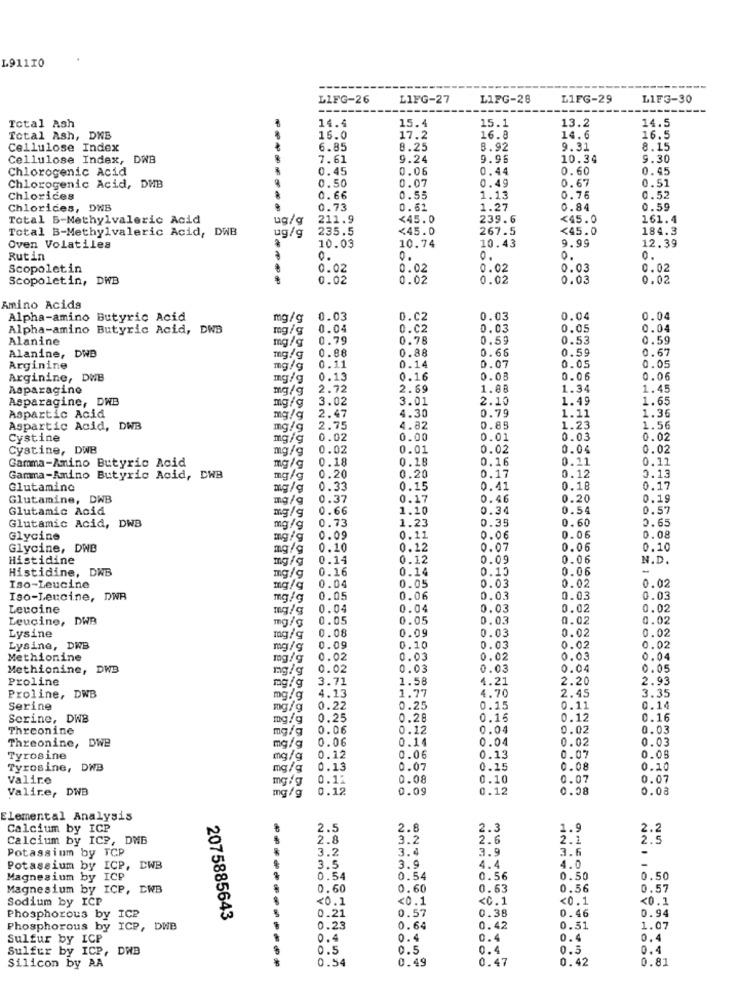
L91110
LIFG-26
LIFG-27
LIFG-28
L1FG-29
LIFG-30
15.4
15.1
13.2
Total Ash
14.4
14.5
Total Ash, DNB
16.0
17.2
16.8
14.6
16.5
Cellulose Index
6.85
8.25
8.92
9.31
8.15
Cellulose Index, DWB
7.61
9.24
9.96
10.34
9.30
Chlorogenic Acid
0.45
0.06
0.44
0.60
0.45
0.07
0.67
0.51
Chlorogenic Acid, DHB
0.50
0.49
Chlorices
0.66
0.55
1.13
0.76
0.52
Chlorices, DNB
0.73
0.61
1.27
0.84
0.59
Total B-Methylvaleric Acid
ug/g
211.9
<45.0
239.6
<45.0
161.4
Total B-Methylvaleric Acid, DWB
ug/g
235.5
<45.0
267.5
<45.0
184.3
9.99
12.39
Oven Volatiles
10.03
10.74
10.43
Rutin
0.
0.
0.
0.
Scopoletin
0.02
0.02
0.02
0.03
0.02
Scopoletin, DWB
.
0.02
0.02
0.02
0.03
0.02
Amino Acids
Alpha-amino Butyric Acid
mg/g
0.03
0.02
0.03
0.04
0.04
Alpha-amino Butyric Acid, DWB
mg/g
0.04
0.02
0.03
0.05
0.04
Alanine
mg/g
0.79
0.78
0.59
0.53
0.59
0.88
0.88
0.68
0.59
0.67
Alanine,
mg/g
0.07
0.05
Arginine
mg/g
0.11
0.14
0.05
Arginine, DWB
mg/g
0.13
0.16
0.08
0.06
0.06
Asparagino
mg/g
2.72
2.69
1.08
1.34
1.45
Asparagine, DWB
3.02
3.01
2.10
1.49
1.65
4.30
0.79
1.36
Aspartic Acid
mg/g
2.47
1.11
Aspartic Acid, DWB
mg/g
2.75
4.82
0.85
1.23
1.56
Cystine
mg/g
0.02
0.00
0.01
0.03
0.02
Cystine, DWB
mg/g
0.02
0.01
0.02
0.04
0.02
Gamma-Amino Butyric Acid
0.18
0.18
0.16
0.11
0.11
mg/g
0.20
0.12
Gamma-Amino Butyric Acid, DWB
mg/g
0.20
0.17
0.13
Glutamine
mg/g
0.33
0.15
0.41
0.18
0.17
Glutamine, DWB
mg/g
0.37
0.17
0.46
0.20
0.19
Glutamic Acid
mg/g
0.66
1.10
0.34
0.54
0.57
0.73
1.23
0.35
0.60
0.65
Glutamic Acid, DWB
mg/g
Glycine
0.09
0.11
0.06
0.06
0.08
Glycine, DWB
mg/g
0.10
0.12
0.07
0.06
0.10
Histidine
mg/g
0.14
0.12
0.09
0.06
N.D.
Histidine, DWB
mg/g
0.16
0.14
0.13
0.06
-
0.02
Iso-Leucine
mg/g
0.04
0.05
0.03
0.02
Iso-Leucine, DWR
mg/g
0.05
0.06
0.03
0.03
0.03
Leuoine
mg/g
0.04
0.04
0.03
0.02
0.02
Leucine, DWB
mg/g
0.05
0.05
0.03
0.02
0.02
Lysine
0.08
0.09
0.03
0.02
0.02
mg/g
Lysine, DWB
mg/g
0.09
0.10
0.03
0.02
0.02
Methionine
mg/g
0.02
0.03
0.02
0.03
0.04
Methionine, DWB
mg/g
0.02
0.03
0.03
0.04
0.05
Proline
mg/g
3.71
1.58
4.21
2.20
2.93
4.13
1.77
4.70
2.45
3.35
Proline, DWB
mg/g
Serine
mg/g
0.22
0.25
0.15
0.11
0.14
Serine, DWB
mg/g
0.25
0.28
0.16
0.12
0.16
Thrconine
mg/g
0.06
0.12
0.04
0.02
0.03
Threonine, Dwe
0.06
0.04
0.02
0.03
mg/g
0.14
0.08
Tyrosine
mg/g
0.12
0.06
0.13
0.07
Tyrosine, DWB
mg/g
0.13
0.07
0.15
0.08
0.10
Valire
0.12
0.08
0.10
0.07
0.07
Valire, DWB
mg/g
0.12
0.09
0.12
0.08
0.08
Elemental Analysis
Calcium by ICP
2.5
2.8
2.3
1.9
2.2
Calcium by ICP, DNB
2.8
3.2
2.6
2.1
2.5
Potassium by TCP
3.2
3.4
3.9
3.6
-
Potassium by ICP, D
3.5
3.9
4.4
4.0
-
Magnesium by ICP
0.54
0.54
0.56
0.50
0.50
Magnesium by
ICP, CWB
0.60
0.60
0.63
0.56
0.57
Sodium by ICP
<0.1
<0.1
<C.1
<0.1
<0.1
0.57
0.38
0.46
0.94
Phosphorous by ICP
2075885643
0.21
Phosphorous by ICP, DWB
0.23
0.64
0.42
0.51
1.07
Sulfur by ICP
0.4
0.4
0.4
0.4
0.4
Sulfer by ICP, DWB
0.5
0.5
0.4
0.5
0.4
Silicon by AA
0.54
0.49
0.47
0.42
0.81